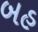
બહ